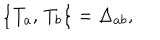
\bigl \{ T _ { a } , \, T _ { b } \bigr \} = \Delta _ { a b } ,